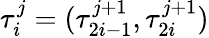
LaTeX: \tau_{i}^{j}=(\tau_{2i-1}^{j+1},\tau_{2i}^{j+1})